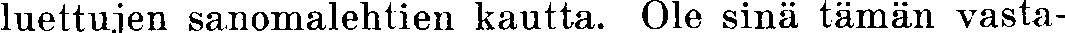
luettujen sanomalehtien kautta. Ole sinä tämän vasta-